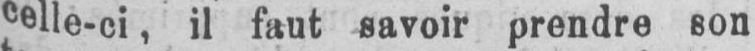
celle-ci, il faut savoir prendre son